Insane asylums Bombay 1873-77 - 1873-1877
Year: 1873
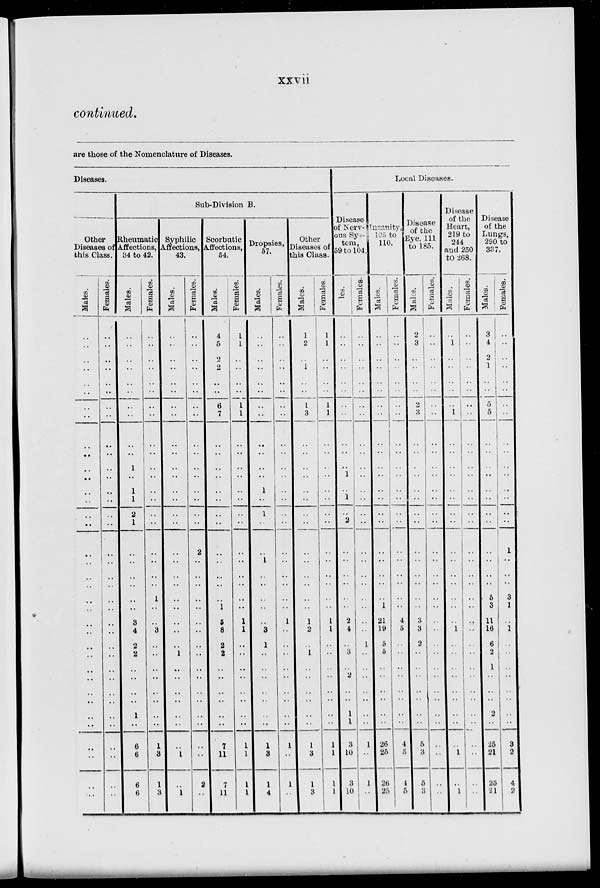
xxvii
continued.
are those of the Nomenclature of Diseases.
Diseases.
Other
Diseases of
this Class.
Males.
..
..
..
..
..
..
..
..
..
..
..
..
..
..
..
..
..
..
..
..
..
..
..
..
..
..
..
..
..
..
..
..
..
..
..
..
Females.
..
..
..
..
..
..
..
..
..
..
..
..
..
..
..
..
..
..
..
..
..
..
..
..
..
..
..
..
..
..
..
..
..
..
..
..
Sub-Division B.
Rheumatic
Affections,
34 to 42.
Males.
..
..
..
..
..
..
..
..
..
..
1
..
1
1
2
1
..
..
..
..
..
..
3
4
2
2
..
..
..
..
1
..
6
6
6
..
Females.
..
..
..
..
..
..
..
..
..
..
..
..
..
..
..
..
..
..
..
..
1
..
..
3
..
..
..
..
..
..
..
..
1
3
1
3
Syphilic
Affections,
43.
Males.
..
..
..
..
..
..
..
..
..
..
..
..
..
..
..
..
..
..
..
..
..
..
..
..
..
1
..
..
..
..
..
..
..
1
..
1
Females.
..
..
..
..
..
..
..
..
..
..
..
..
..
..
..
..
2
..
..
..
..
..
..
..
..
..
..
..
..
..
..
..
..
..
2
..
Scorbutic
Affections,
54.
Males.
4
5
2
2
..
..
6
7
..
..
..
..
..
..
..
..
..
..
..
..
..
1
5
8
2
2
..
..
..
..
..
..
7
11
7
11
Females.
1
1
..
..
..
..
1
1
..
..
..
..
..
..
..
..
..
..
..
..
..
..
1
1
..
..
..
..
..
..
..
..
1
1
1
1
Dropsies,
57.
Males.
..
..
..
..
..
..
..
..
..
..
..
..
1
..
1
..
..
1
..
..
..
..
..
3
1
..
..
..
..
..
..
..
1
3
1
4
Females.
..
..
..
..
..
..
..
..
..
..
..
..
..
..
..
..
..
..
..
..
..
..
1
..
..
..
..
..
..
..
..
..
1
..
1
..
Other
Diseases of
this Class.
Males.
1
2
..
1
..
..
1
3
..
..
..
..
..
..
..
..
..
..
..
..
..
..
1
2
..
1
..
..
..
..
..
..
1
3
1
3
Females.
1
1
..
..
..
..
1
1
..
..
..
..
..
..
..
..
..
..
..
..
..
..
1
1
..
..
..
..
..
..
..
..
1
1
1
1
Local Diseases.
Disease
of Nerv-
ous Sys-
tem,
59 to 104.
Males.
..
..
..
..
..
..
..
..
..
..
..
1
..
1
..
2
..
..
..
..
..
..
2
4
..
3
..
2
..
..
1
1
3
10
3
10
Females.
..
..
..
..
..
..
..
..
..
..
..
..
..
..
..
..
..
..
..
..
..
..
..
..
1
..
..
..
..
..
..
..
1
..
1
..
Insanity,
105 to
110.
Males.
..
..
..
..
..
..
..
..
..
..
..
..
..
..
..
..
..
..
..
..
..
1
21
19
5
5
..
..
..
..
..
..
26
25
26
25
Females.
..
..
..
..
..
..
..
..
..
..
..
..
..
..
..
..
..
..
..
..
..
..
4
5
..
..
..
..
..
..
..
..
4
5
1
5
Disease
of the
Eye, 111
to 185.
Males.
2
3
..
..
..
..
2
3
..
..
..
..
..
..
..
..
..
..
..
..
..
..
3
3
2
..
..
..
..
..
..
..
5
3
5
3
Females.
..
..
..
..
..
..
..
..
..
..
..
..
..
..
..
..
..
..
..
..
..
..
..
..
..
..
..
..
..
..
..
..
..
..
..
..
Disease
of the
Heart,
219 to
244
and 250
to 268.
Males.
..
1
..
..
..
..
..
1
..
..
..
..
..
..
..
..
..
..
..
..
..
..
..
1
..
..
..
..
..
..
..
..
..
1
..
1
Females.
..
..
..
..
..
..
..
..
..
..
..
..
..
..
..
..
..
..
..
..
..
..
..
..
..
..
..
..
..
..
..
..
..
..
..
..
Disease
of the
Lungs,
290 to
337.
Males.
3
4
2
1
..
..
5
5
..
..
..
..
..
..
..
..
..
..
..
..
5
3
11
16
6
2
1
..
..
..
2
..
25
21
25
21
Females.
..
..
..
..
..
..
..
..
..
..
..
..
..
..
..
1
..
..
..
3
1
..
1
..
..
..
..
..
..
..
..
3
2
4
2